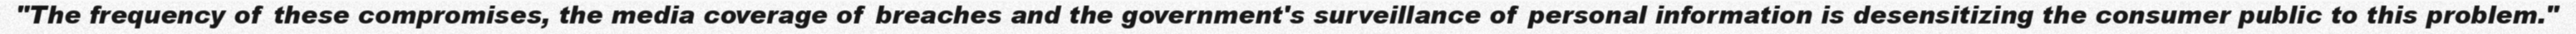
"The frequency of these compromises, the media coverage of breaches and the government's surveillance of personal information is desensitizing the consumer public to this problem."